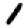
Digit: 1